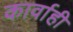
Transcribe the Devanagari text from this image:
कार्वाही